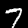
Label: 7